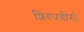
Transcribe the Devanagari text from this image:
शिवपच्चीसी